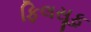
ફિલસૂફ